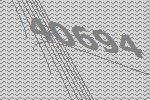
40694